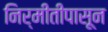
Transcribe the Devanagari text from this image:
निर्मीतीपासून